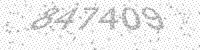
Solution: 847409